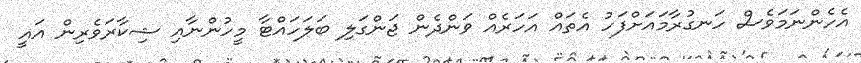
އެހެންނަމަވެސް ހަނގުރާމައަށްފަހު އެތައް އަހަރެއް ވަންދެން ޖަންގަލި ބަލަހައްޓާ މީހުންނާއި ޝިކާރަވެރިން އައީ